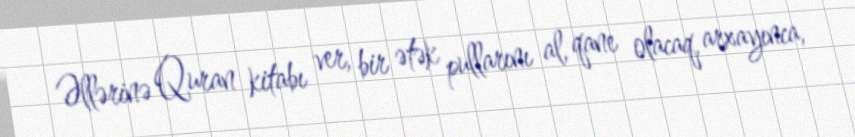
Əllərinə Quran kitabı ver, bir ətək pullarını al, qane olacaq, arxayınca,